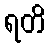
ရတိ